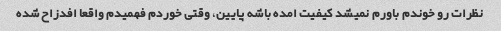
نظرات رو خوندم باورم نمیشد کیفیت امده باشه پایین، وقتی خوردم فهمیدم واقعا افدزاح شده